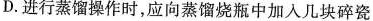
D.进行蒸馏操作时，应向蒸馏烧瓶中加入几块碎瓷